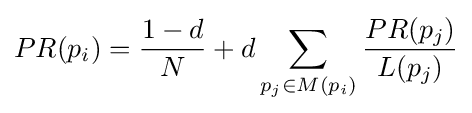
PR(p_{i})={\frac {1-d}{N}}+d\sum _{p_{j}\in M(p_{i})}{\frac {PR(p_{j})}{L(p_{j})}}